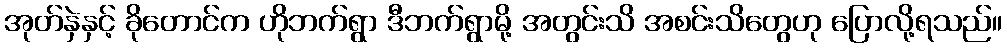
အုတ်နှဲနှင့် ခိုတောင်က ဟိုဘက်ရွာ ဒီဘက်ရွာမို့ အတွင်းသိ အစင်းသိတွေဟု ပြောလို့ရသည်။